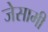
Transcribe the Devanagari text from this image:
जेसामी